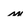
Character: m